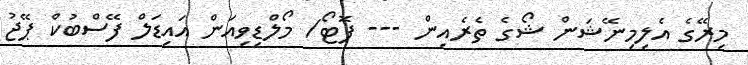
މިރޭގެ އެލިމިނޭޝަން ޝޯގެ ތެރެއިން --- ފޮޓޯ/ މޯލްޑިވިއަން އައިޑަލް ފޭސްބުކް ޕޭޖު